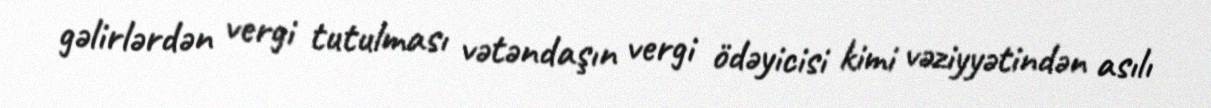
gəlirlərdən vergi tutulması vətəndaşın vergi ödəyicisi kimi vəziyyətindən asılı